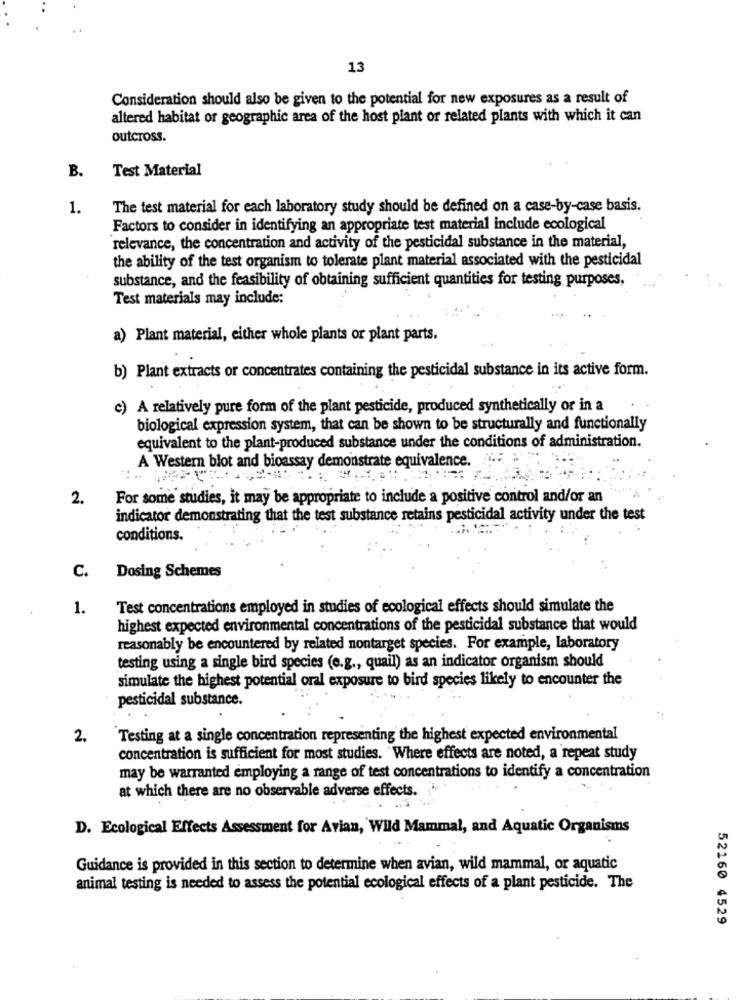
13
Consideration should also be given to the potential for new exposures as a result of
altered habitat or geographic area of the host plant or related plants with which it can
outcross.
B.
Test Material
1.
The test material for each laboratory study should be defined on a case-by-case basis.
Factors to consider in identifying an appropriate test material include ecological
relevance, the concentration and activity of the pesticidal substance in the material,
the ability of the test organism to tolerate plant material associated with the pesticidal
substance, and the feasibility of obtaining sufficient quantities for testing purposes,
Test materials may include:
a) Plant material, either whole plants or plant parts.
b) Plant extracts or concentrates containing the pesticidal substance in its active form.
c) A relatively pure form of the plant pesticide, produced synthetically or in a
biological expression system, that can be shown to be structurally and functionally
equivalent to the plant-produced substance under the conditions of administration.
A Western blot and bioassay demonstrate equivalence.
2.
For some studies, it may be appropriate to include a positive control and/or an
indicator demonstrating that the test substance retains pesticidal activity under the test
conditions.
C.
Dosing Schemes
1.
Test concentrations employed in studies of ecological effects should simulate the
highest expected environmental concentrations of the pesticidal substance that would
reasonably be encountered by related nontarget species. For example, laboratory
testing using a single bird species (e.g ., quail) as an indicator organism should
simulate the highest potential oral exposure to bird species likely to encounter the
pesticidal substance.
2.
Testing at a single concentration representing the highest expected environmental
concentration is sufficient for most studies. Where effects are noted, a repeat study
may be warranted employing a range of test concentrations to identify a concentration
at which there are no observable adverse effects.
D. Ecological Effects Assessment for Avian, Wild Mammal, and Aquatic Organisms
Guidance is provided in this section to determine when avian, wild mammal, or aquatic
animal testing is needed to assess the potential ecological effects of a plant pesticide. The
52160 4529